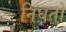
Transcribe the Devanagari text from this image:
निघतो़